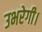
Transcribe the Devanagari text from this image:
उभरेगी।